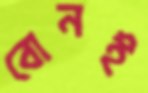
বোনই